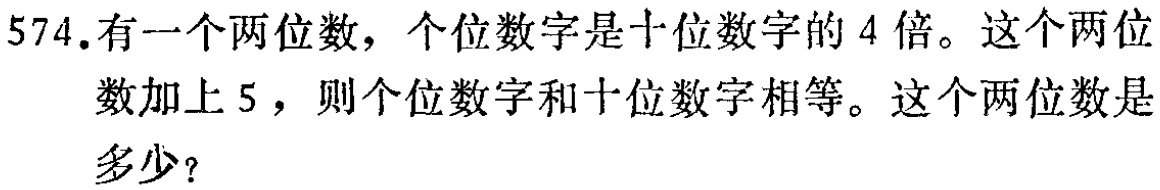
574.有一个两位数，个位数字是十位数字的 4 倍。这个两位数加上 5，则个位数字和十位数字相等。这个两位数是多少？